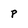
Character: P